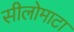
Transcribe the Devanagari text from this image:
सीलोमाटा